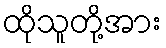
ထိုသူတို့အား